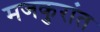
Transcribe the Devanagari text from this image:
मजकुरांत